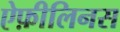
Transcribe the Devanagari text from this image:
ऐफ़ीलिनस